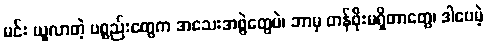
မင်း ယူလာတဲ့ ပစ္စည်းတွေက အသေးအဖွဲတွေပဲ၊ ဘာမှ တန်ဖိုးမရှိတာတွေ၊ ဒါပေမဲ့